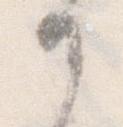
か